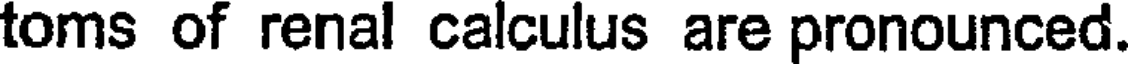
toms of renal calculus are pronounced.